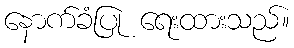
နောက်ခံပြု ရေးထားသည်။